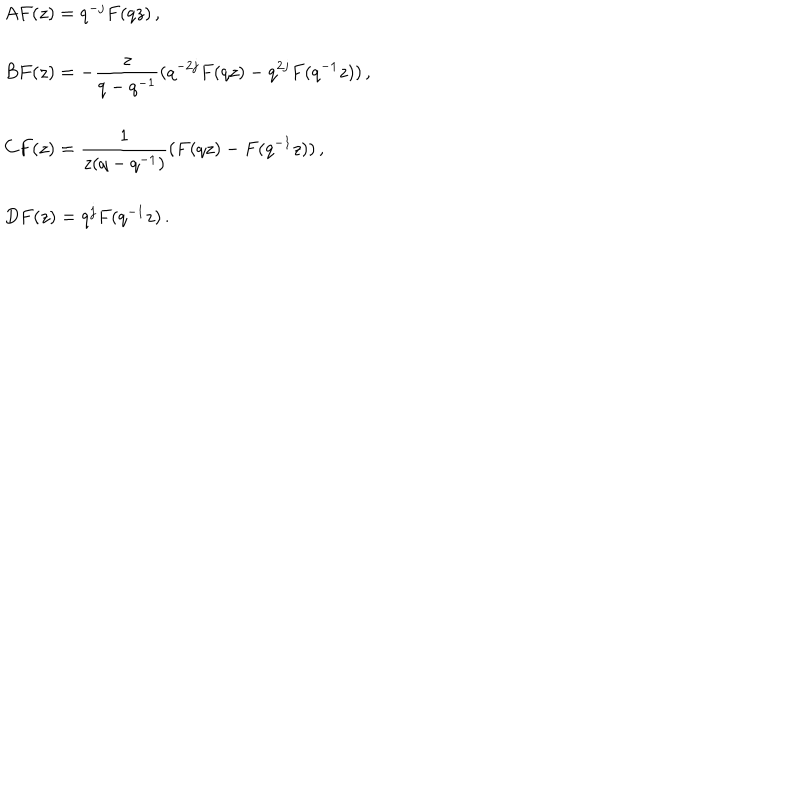
\begin{array} { l } { { A F ( z ) = q ^ { - j } F ( q z ) \, , } } \\ { { B F ( z ) = - \displaystyle { \frac { z } { q - q ^ { - 1 } } } ( q ^ { - 2 j } F ( q z ) - q ^ { 2 j } F ( q ^ { - 1 } z ) ) \, , } } \\ { { C F ( z ) = \displaystyle { \frac { 1 } { z ( q - q ^ { - 1 } ) } } ( F ( q z ) - F ( q ^ { - 1 } z ) ) \, , } } \\ { { D F ( z ) = q ^ { j } F ( q ^ { - 1 } z ) \, . } } \\ \end{array}